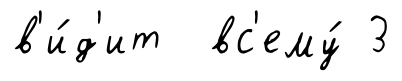
в'и́д'ит вс'ему́ 3